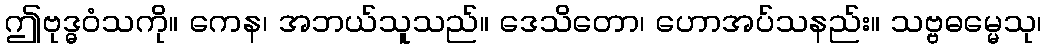
ဤဗုဒ္ဓဝံသကို။ ကေန၊ အဘယ်သူသည်။ ဒေသိတော၊ ဟောအပ်သနည်း။ သဗ္ဗဓမ္မေသု၊